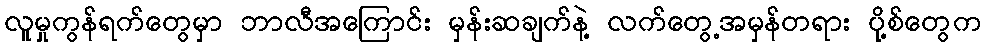
လူမှုကွန်ရက်တွေမှာ ဘာလီအကြောင်း မှန်းဆချက်နဲ့ လက်တွေ့အမှန်တရား ပို့စ်တွေက